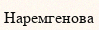
Наремгенова